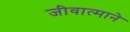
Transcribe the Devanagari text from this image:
जीवात्माने